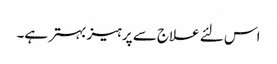
اس لئے علاج سے پرہیز بہتر ہے۔